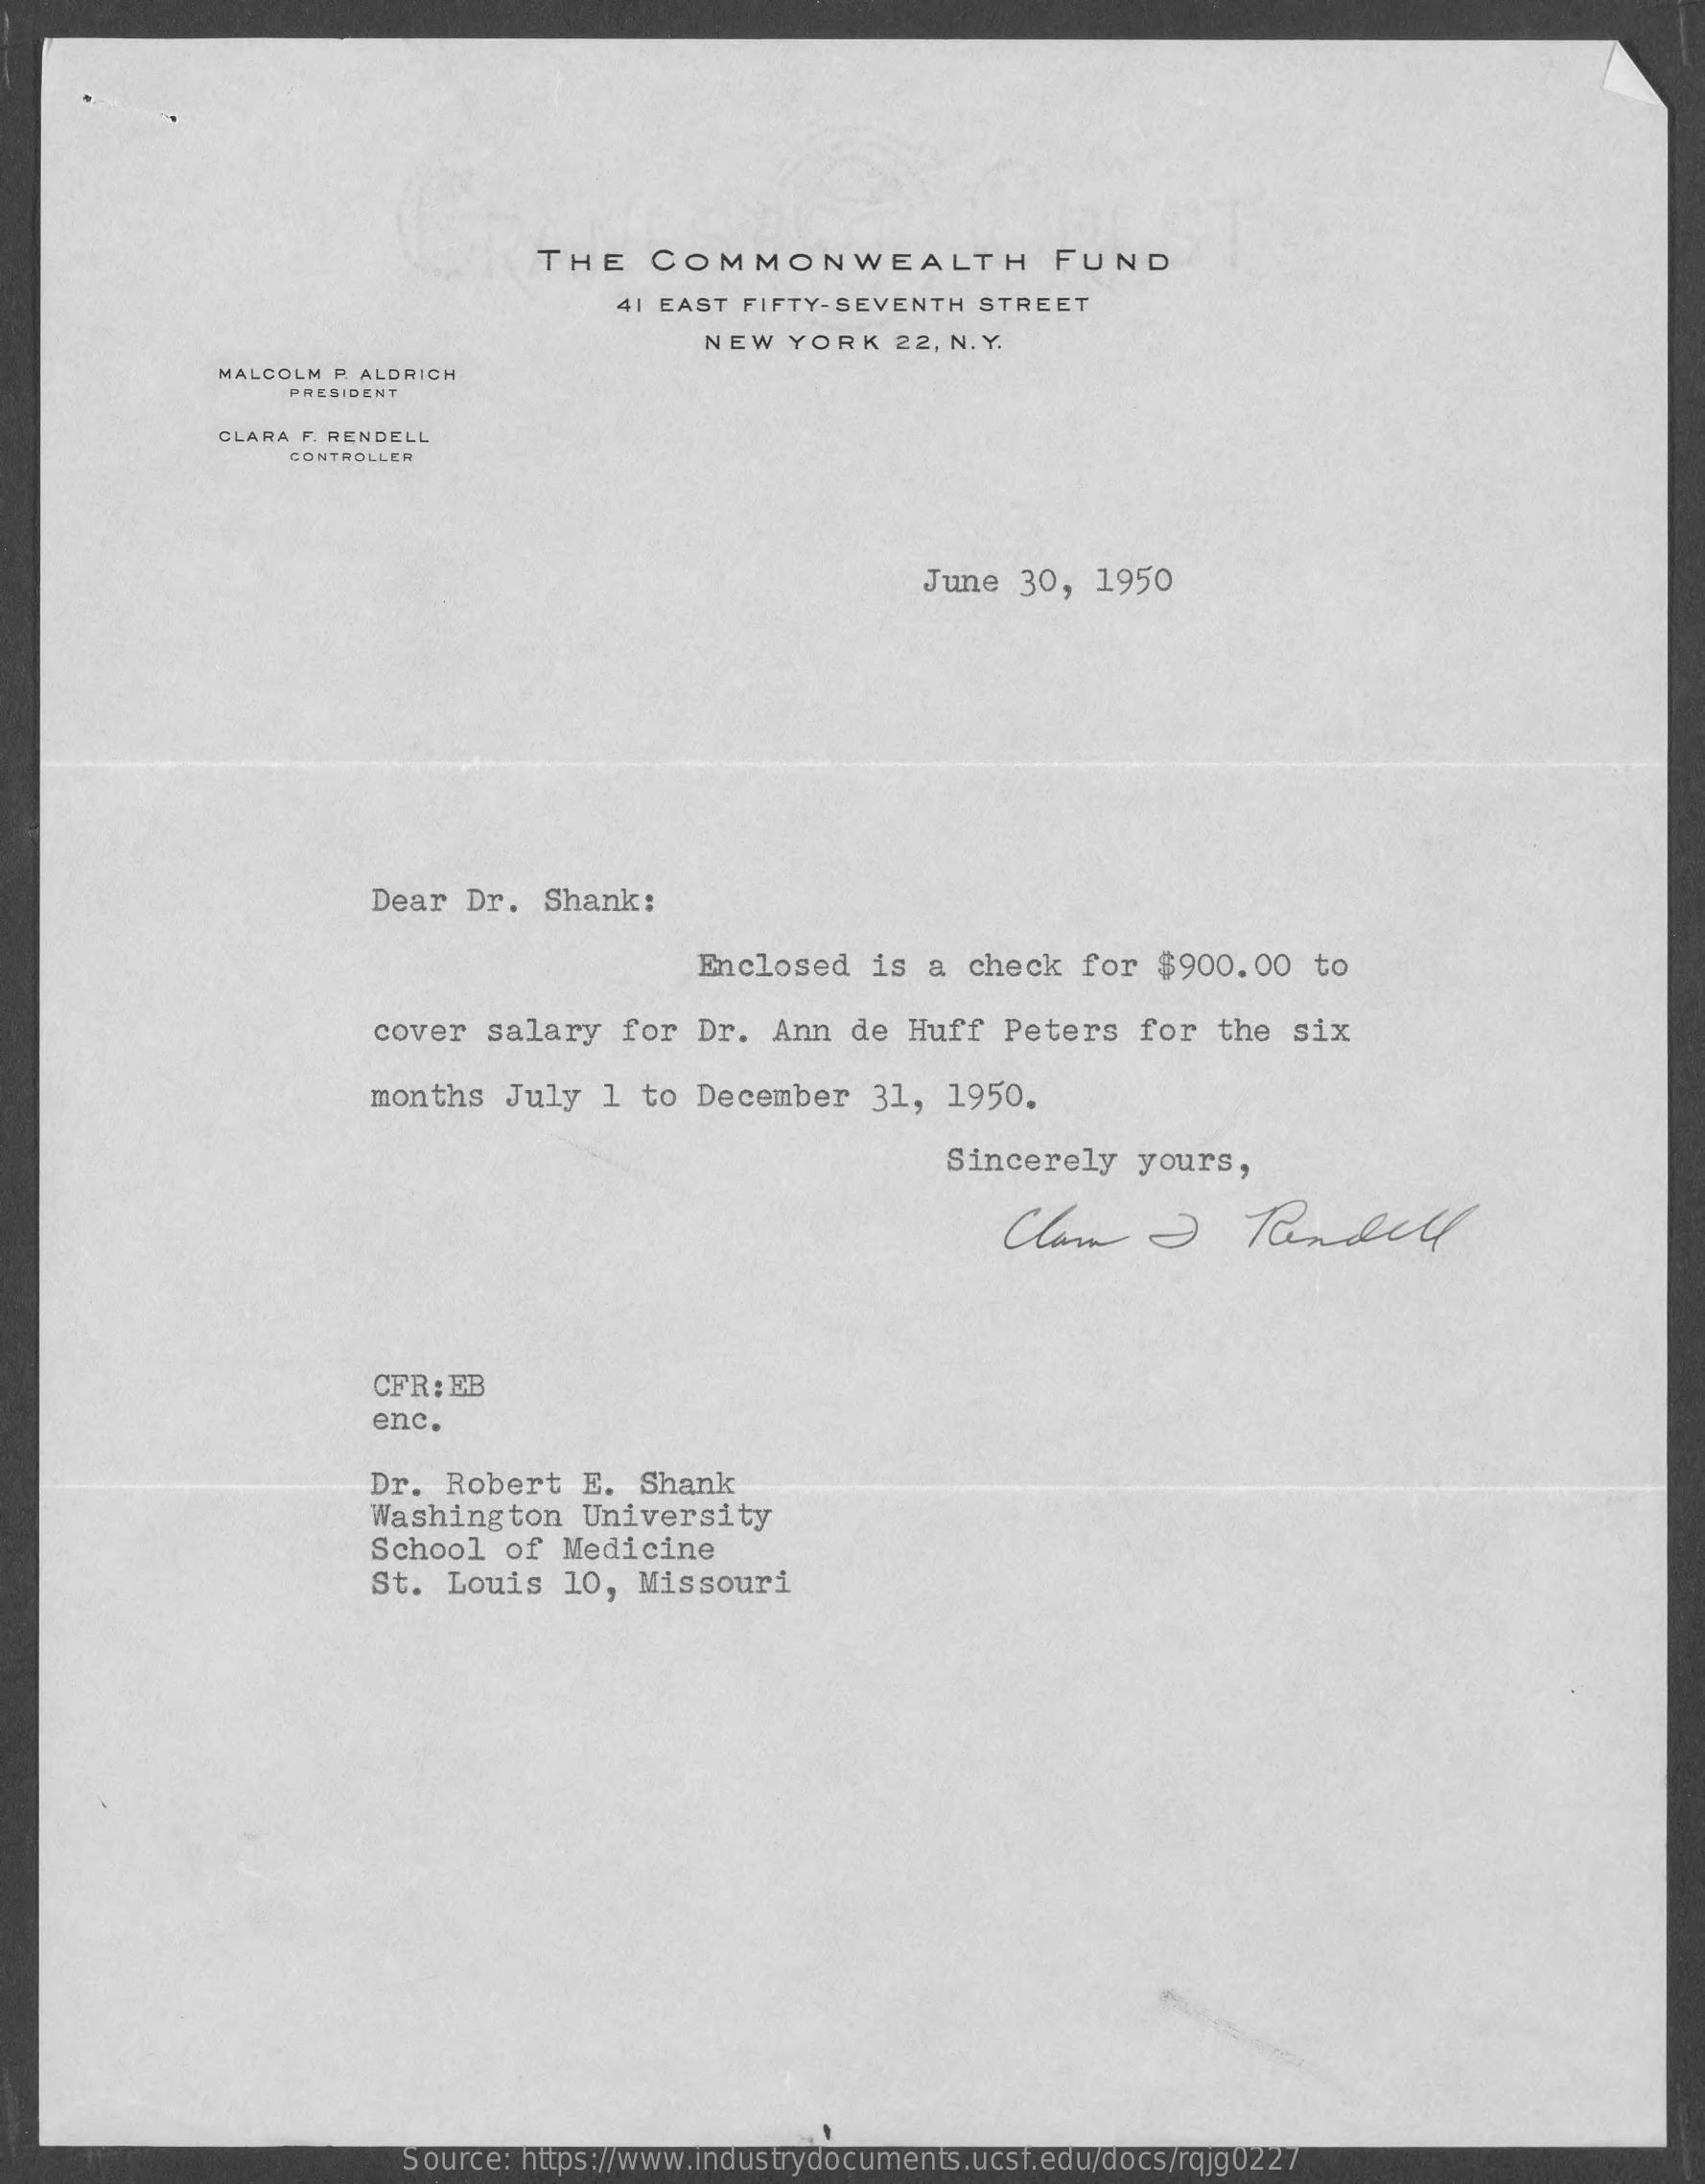
THE    COMMONWEALTH    FUND
     41 EAST FIFTY-SEVENTH  STREET
     NEW  YORK   22, N. Y.
     MALCOLM P. ALDRICH
     PRESIDENT
     CLARA F. RENDELL
     CONTROLLER
     June  30,  1950
     Dear Dr.   Shank:
     Enclosed   is  a  check  for  $900.00   to
     cover  salary   for  Dr.  Ann  de Huff   Peters   for  the  six
     months  July   1 to  December   31,  1950.
     Sincerely    yours,
     Clan    Pandell
     CFR: EB
     enc.
     Dr. Robert   E.  Shank
     Washington   University
     School  of  Medicine
     St. Louis   10,  Missouri
     Source: https://www.industrydocuments.ucsf.edu/docs/rqjg0227